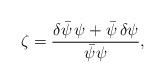
LaTeX: \begin{align*} \zeta=\frac{\delta\bar{\psi}\, \psi+\bar{\psi}\,\delta\psi} {\bar{\psi}\psi},\end{align*}